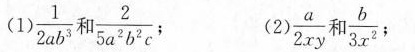
（1）\frac{1}{2ab^3}和\frac{2}{5a^2b^2c}; (2)\frac{a}{2xy}和\frac{b}{3x^2};